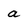
Character: a